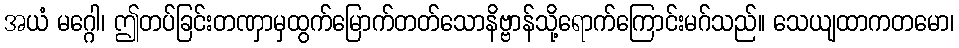
အယံ မဂ္ဂေါ၊ ဤတပ်ခြင်းတဏှာမှထွက်မြောက်တတ်သောနိဗ္ဗာန်သို့ရောက်ကြောင်းမဂ်သည်။ သေယျထာကတမော၊